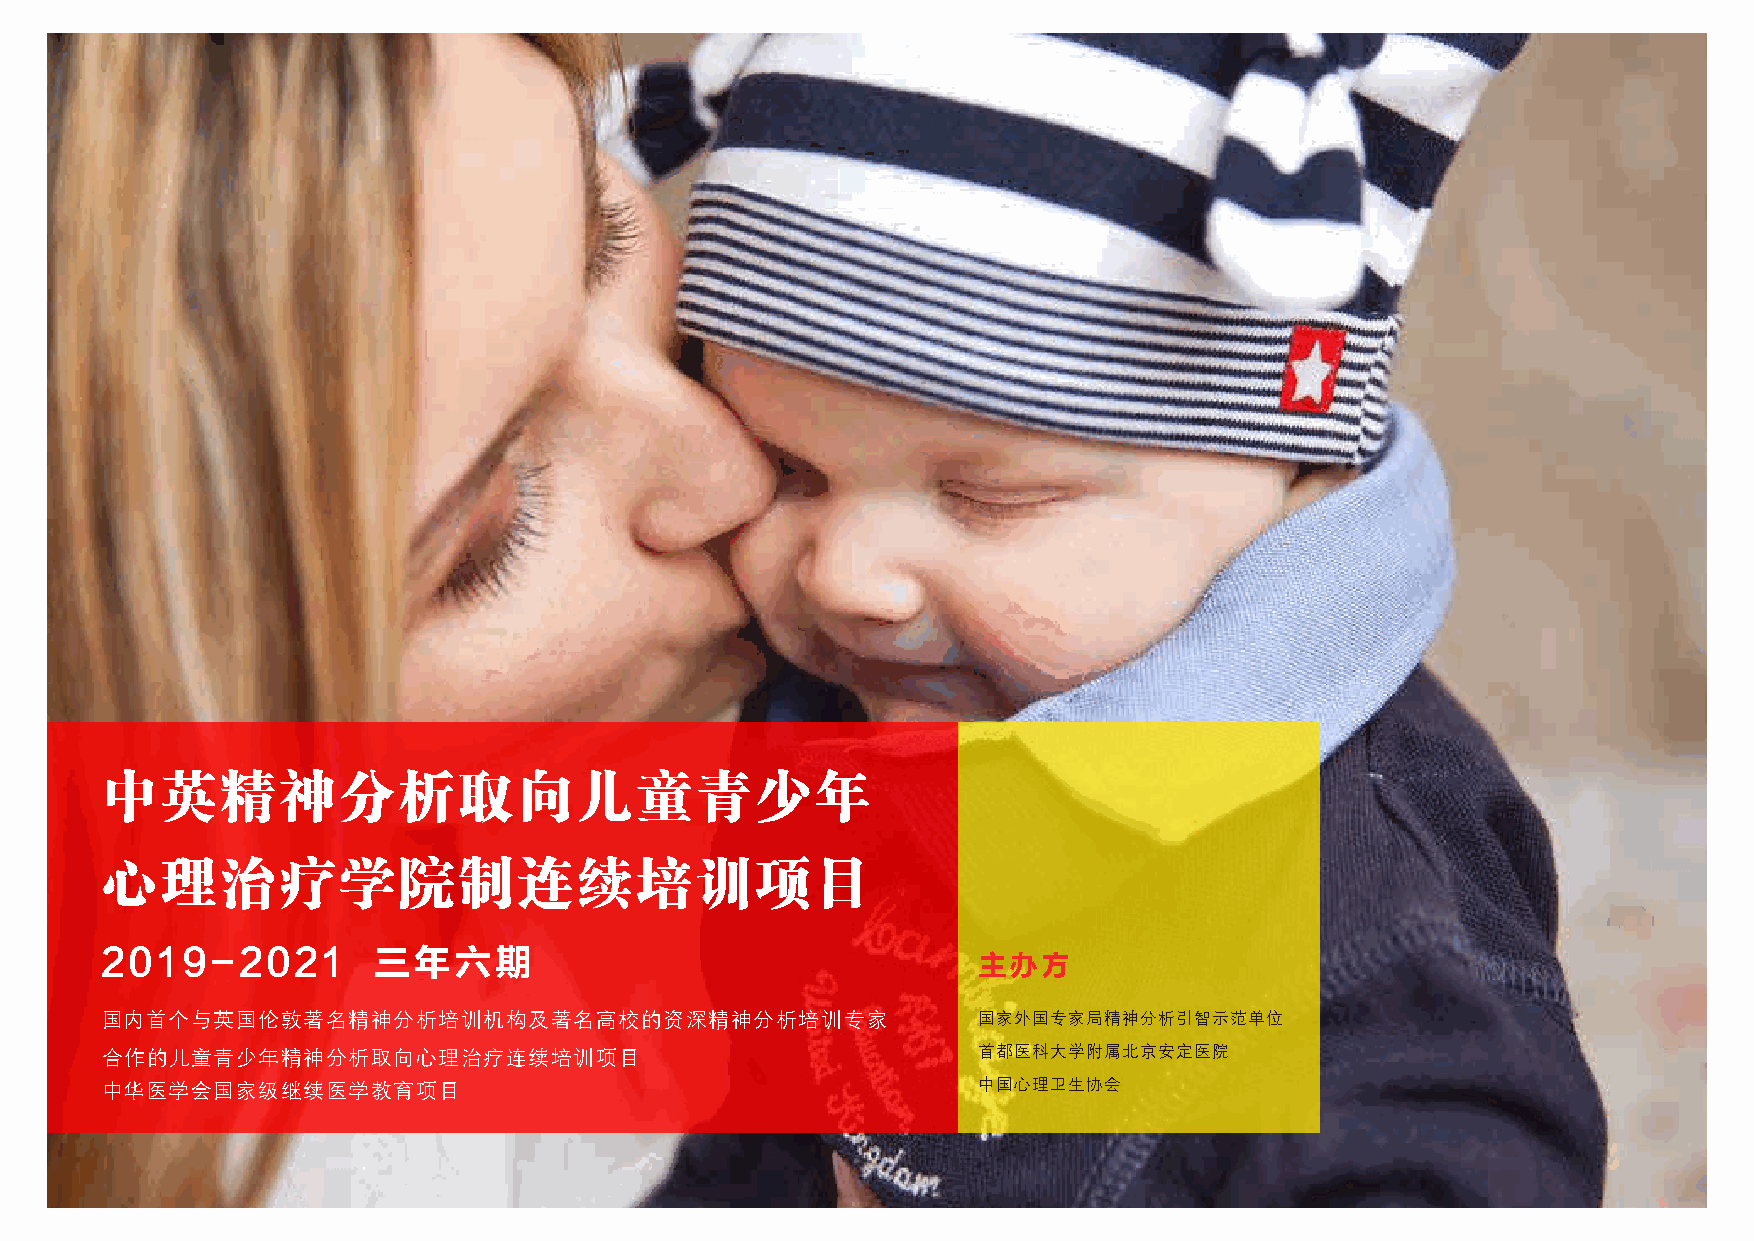
中英精神分析取向儿童青少年
 心理治疗学院制连续培训项目
 2019-2021         三年六期                                    主办方
 国内首个与英国伦敦著名精神分析培训机构及著名高校的资深精神分析培训专家                       国家外国专家局精神分析引智示范单位
 合作的儿童青少年精神分析取向心理治疗连续培训项目                                  首都医科大学附属北京安定医院
 中华医学会国家级继续医学教育项目                                          中国心理卫生协会